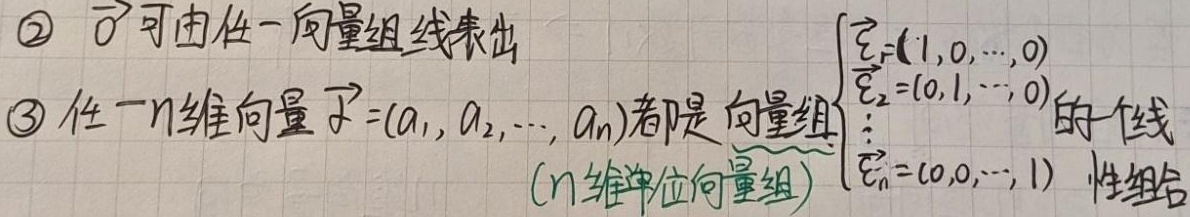
\textcircled{2} $\vec{0}$可由任一向量组线性表出。
\textcircled{3} 任一\(n\)维向量\(\vec{\alpha}=(a_1, a_2, \cdots, a_n)\)都是向量组
\(\begin{cases}
\vec{\varepsilon}_1=(1,0,\cdots,0)\\
\vec{\varepsilon}_2=(0,1,\cdots,0)\\
\vdots\\
\vec{\varepsilon}_n=(0,0,\cdots,1)
\end{cases}\)（\(n\)维单位向量组）的一个线性组合。